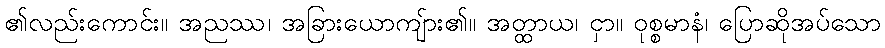
၏လည်းကောင်း။ အညဿ၊ အခြားယောကျ်ား၏။ အတ္ထာယ၊ ငှာ။ ဝုစ္စမာနံ၊ ပြောဆိုအပ်သော